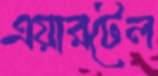
এয়ারটেল